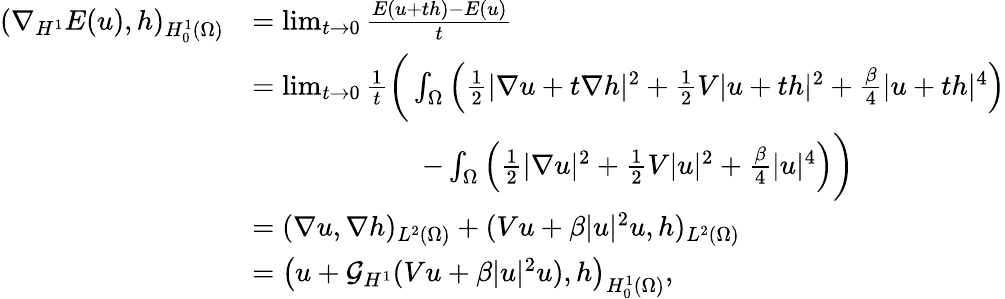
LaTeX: \begin{array}{rl}{(\nabla_{H^{1}}E(u),h)_{H_{0}^{1}(\Omega)}}&{=\operatorname*{lim}_{t\rightarrow 0}\frac{E(u+th)-E(u)}{t}}\\ &{=\operatorname*{lim}_{t\rightarrow 0}\frac{1}{t}\bigg(\int_{\Omega}\left(\frac{1}{2}|\nabla u+t\nabla h|^{2}+\frac{1}{2}V|u+th|^{2}+\frac{\beta}{4}|u+th|^{4}\right)}\\ &{\qquad\qquad\qquad-\int_{\Omega}\left(\frac{1}{2}|\nabla u|^{2}+\frac{1}{2}V|u|^{2}+\frac{\beta}{4}|u|^{4}\right)\bigg)}\\ &{=(\nabla u,\nabla h)_{L^{2}(\Omega)}+(Vu+\beta|u|^{2}u,h)_{L^{2}(\Omega)}}\\ &{=\left(u+\mathcal{G}_{H^{1}}(Vu+\beta|u|^{2}u),h\right)_{H_{0}^{1}(\Omega)},}\end{array}